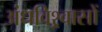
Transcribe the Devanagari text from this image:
अंधविश्र्वासों